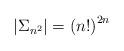
LaTeX: \begin{align*}\left| \Sigma_{n^2} \right| = \left( n! \right)^{2n}\end{align*}